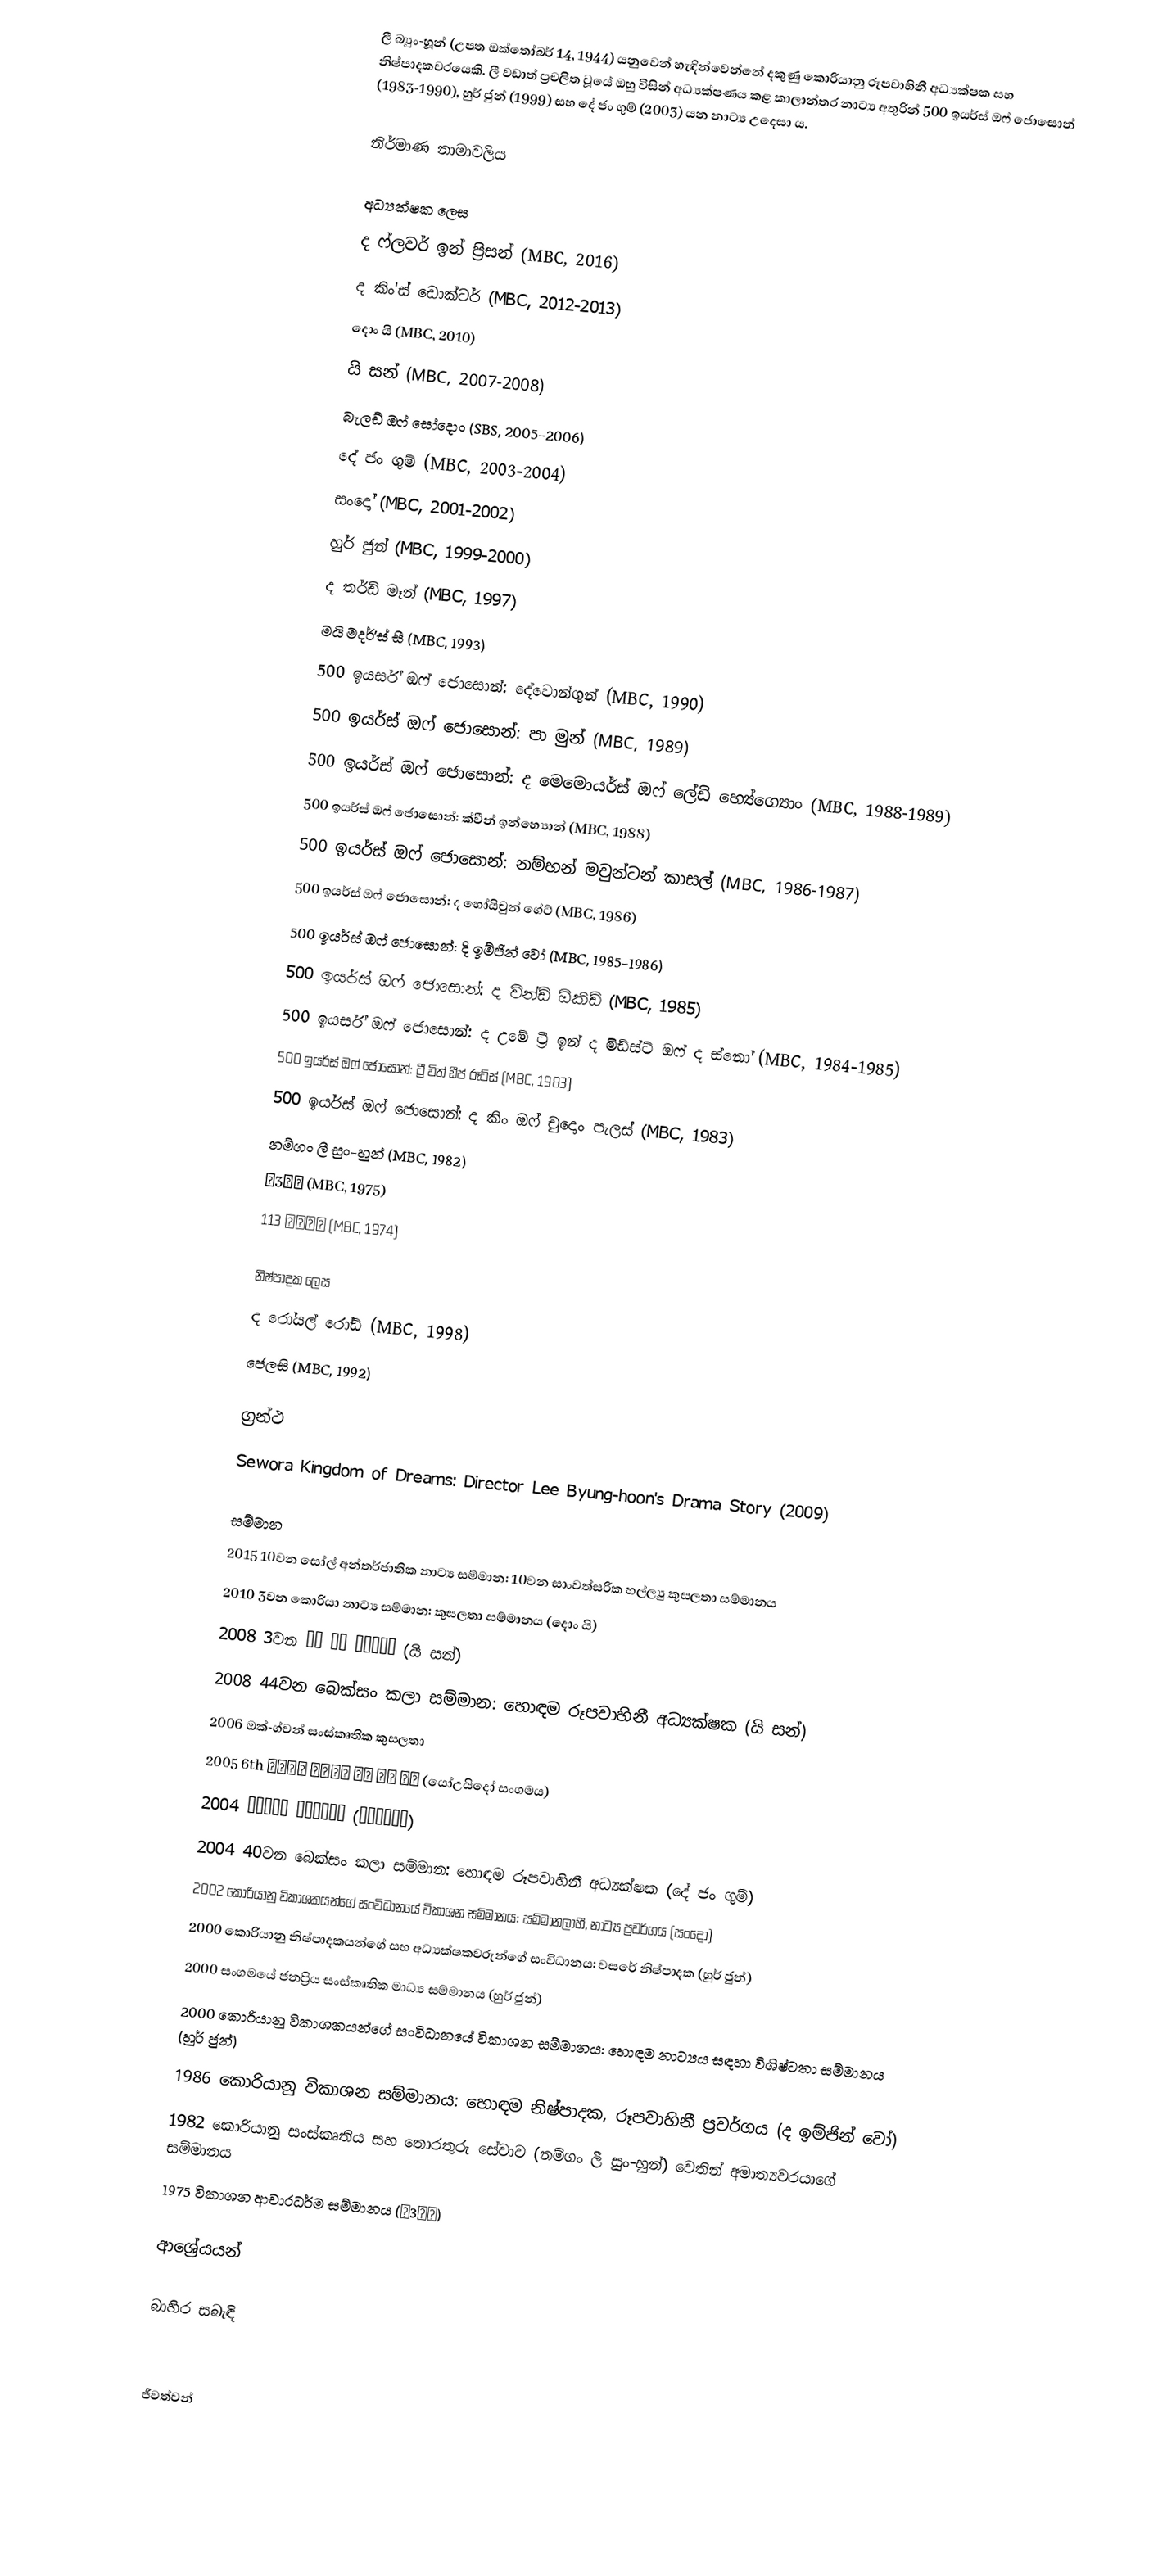
ලී බ්‍යුං-හූන් (උපත ඔක්තෝබර් 14, 1944) යනුවෙන් හැඳින්වෙන්නේ දකුණු කොරියානු රූපවාහිනී අධ්‍යක්ෂක සහ නිෂ්පාදකවරයෙකි. ලී වඩාත් ප්‍රචලිත වූයේ ඔහු විසින් අධ්‍යක්ෂණය කළ කාලාන්තර නාට්‍ය අතුරින් 500 ඉයර්ස් ඔෆ් ජොසොන් (1983-1990), හුර් ජුන් (1999) සහ දේ ජං ගුම් (2003) යන නාට්‍ය උදෙසා ය.

නිර්මාණ නාමාවලිය

අධ්‍යක්ෂක ලෙස
ද ෆ්ලවර් ඉන් ප්‍රිසන් (MBC, 2016)
ද කිං'ස් ඩොක්ටර් (MBC, 2012-2013)
දොං යි (MBC, 2010)
යි සන් (MBC, 2007-2008)
බැලඩ් ඔෆ් සෝදොං (SBS, 2005-2006)
දේ ජං ගුම් (MBC, 2003-2004)
සංදෝ (MBC, 2001-2002)
හුර් ජුන් (MBC, 1999-2000)
ද තර්ඩ් මෑන් (MBC, 1997)
මයි මදර්'ස් සී (MBC, 1993)
500 ඉයර්ස් ඔෆ් ජොසොන්: දේවොන්ගුන් (MBC, 1990)
500 ඉයර්ස් ඔෆ් ජොසොන්: පා මුන් (MBC, 1989)
500 ඉයර්ස් ඔෆ් ජොසොන්: ද මෙමොයර්ස් ඔෆ් ලේඩි හ්‍යේග්‍යොං (MBC, 1988-1989)
500 ඉයර්ස් ඔෆ් ජොසොන්: ක්වීන් ඉන්හ්‍යොන් (MBC, 1988)
500 ඉයර්ස් ඔෆ් ජොසොන්: නම්හන් මවුන්‍ටන් කාසල් (MBC, 1986-1987)
500 ඉයර්ස් ඔෆ් ජොසොන්: ද හෝයිචුන් ගේට් (MBC, 1986)
500 ඉයර්ස් ඔෆ් ජොසොන්: දි ඉම්ජින් වෝ (MBC, 1985-1986)
500 ඉයර්ස් ඔෆ් ජොසොන්: ද වින්ඩ් ඕකිඩ් (MBC, 1985)
500 ඉයර්ස් ඔෆ් ජොසොන්: ද උමේ ට්‍රී ඉන් ද මිඩ්ස්ට් ඔෆ් ද ස්නෝ (MBC, 1984-1985)
500 ඉයර්ස් ඔෆ් ජොසොන්: ට්‍රී විත් ඩීප් රූට්ස් (MBC, 1983)
500 ඉයර්ස් ඔෆ් ජොසොන්: ද කිං ඔෆ් චුදොං පැලස් (MBC, 1983)
නම්ගං ලී සුං-හුන්  (MBC, 1982)
제3교실 (MBC, 1975)
113 수사본부 (MBC, 1974)

නිෂ්පාදක ලෙස
ද රෝයල් රෝඩ් (MBC, 1998)
ජෙලසි (MBC, 1992)

ග්‍රන්ථ
Sewora Kingdom of Dreams: Director Lee Byung-hoon's Drama Story  (2009)

සම්මාන
2015 10වන සෝල් අන්තර්ජාතික නාට්‍ය සම්මාන: 10වන සාංවත්සරික හල්ල්‍යු කුසලතා සම්මානය
2010 3වන කොරියා නාට්‍ය සම්මාන: කුසලතා සම්මානය (දොං යි)
2008 3වන 좋은 방송 프로그램상 (යි සන්)
2008 44වන බෙක්සං කලා සම්මාන: හොඳම රූපවාහිනී අධ්‍යක්ෂක (යි සන්)
2006 ඔක්-ග්වන් සංස්කෘතික කුසලතා
2005 6th 방송인상 방송제작 부문 개인 수상 (යෝඋයිදෝ සංගමය)
2004 자랑스러운 한양언론인상 (한양언론인회)
2004 40වන බෙක්සං කලා සම්මාන: හොඳම රූපවාහිනී අධ්‍යක්ෂක (දේ ජං ගුම්)
2002 කොරියානු විකාශකයන්ගේ සංවිධානයේ විකාශන සම්මානය: සම්මානලාභී, නාට්‍ය ප්‍රවර්ගය (සංදෝ)
2000 කොරියානු නිෂ්පාදකයන්ගේ සහ අධ්‍යක්ෂකවරුන්ගේ සංවිධානය: වසරේ නිෂ්පාදක (හුර් ජුන්)
2000 සංගමයේ ජනප්‍රිය සංස්කෘතික මාධ්‍ය සම්මානය (හුර් ජුන්)
2000 කොරියානු විකාශකයන්ගේ සංවිධානයේ විකාශන සම්මානය: හොඳම නාට්‍යය සඳහා විශිෂ්ටතා සම්මානය (හුර් ජුන්)
1986 කොරියානු විකාශන සම්මානය: හොඳම නිෂ්පාදක, රූපවාහිනී ප්‍රවර්ගය (ද ඉම්ජින් වෝ)
1982 කොරියානු සංස්කෘතිය සහ තොරතුරු සේවාව (නම්ගං ලී සුං-හුන්) වෙතින් අමාත්‍යවරයාගේ සම්මානය
1975 විකාශන ආචාරධර්ම සම්මානය (제3교실)

ආශ්‍රේයයන්

බාහිර සබැඳි

ජීවත්වන්